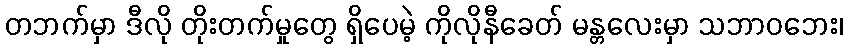
တဘက်မှာ ဒီလို တိုးတက်မှုတွေ ရှိပေမဲ့ ကိုလိုနီခေတ် မန္တလေးမှာ သဘာဝဘေး၊